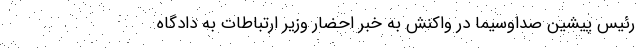
رئیس پیشین صداوسیما در واکنش به خبر احضار وزیر ارتباطات به دادگاه